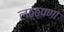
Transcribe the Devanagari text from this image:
लठ्ठ्पणा